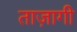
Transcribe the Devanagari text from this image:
ताज़ागी